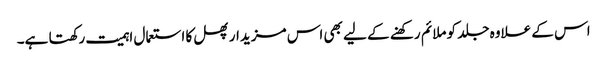
اس کے علاوہ جلد کو ملائم رکھنے کے لیے بھی اس مزیدار پھل کا استعمال اہمیت رکھتا ہے۔